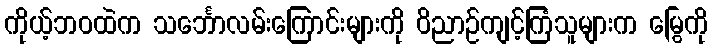
ကိုယ့်ဘဝထဲက သင်္ဘောလမ်းကြောင်းများကို ဝိညာဉ်ကျင့်ကြံသူများက မြွေကို